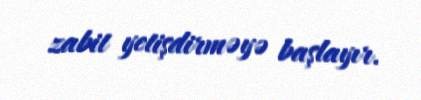
zabit yetişdirməyə başlayır.